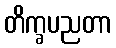
တိက္ခပညတာ